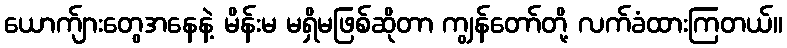
ယောက်ျားတွေအနေနဲ့ မိန်းမ မရှိမဖြစ်ဆိုတာ ကျွန်တော်တို့ လက်ခံထားကြတယ်။